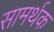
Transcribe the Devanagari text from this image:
सामर्थक